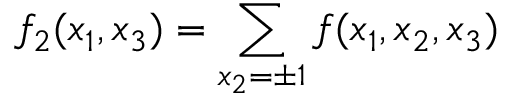
f _ { 2 } ( x _ { 1 } , x _ { 3 } ) = \sum _ { x _ { 2 } = \pm 1 } f ( x _ { 1 } , x _ { 2 } , x _ { 3 } )